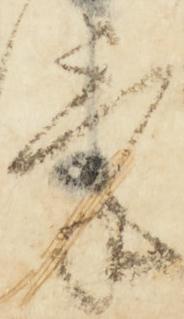
気